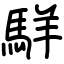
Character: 𩣆